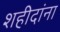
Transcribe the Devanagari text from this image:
शहीदांना